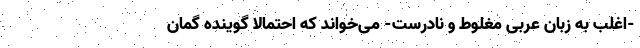
-اغلب به زبان عربی مغلوط و نادرست- می‌خواند که احتمالا گوینده گمان